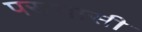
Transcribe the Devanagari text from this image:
पराभासी